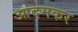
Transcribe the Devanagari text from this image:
आदमकर